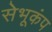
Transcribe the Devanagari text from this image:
सेभूकंप